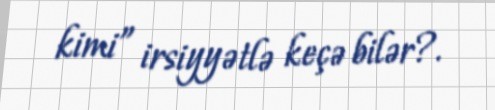
kimi” irsiyyətlə keçə bilər?.